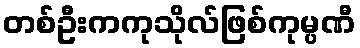
တစ်ဦးကကုသိုလ်ဖြစ်ကုမ္ပဏီ